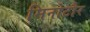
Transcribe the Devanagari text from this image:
मिनोटौर